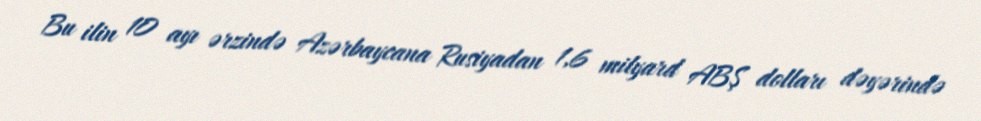
Bu ilin 10 ayı ərzində Azərbaycana Rusiyadan 1,6 milyard ABŞ dolları dəyərində